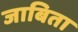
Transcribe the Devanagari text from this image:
जाबिता